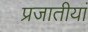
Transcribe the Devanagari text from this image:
प्रजातीयां